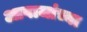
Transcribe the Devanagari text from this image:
आवाजांच्या